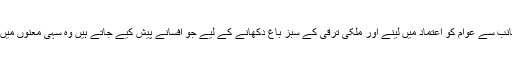
المیہ یہ ہے کہ حکومت کیجانب سے عوام کو اعتماد میں لینے اور ملکی ترقی کے سبز باغ دکھانے کے لیے جو افسانے پیش کیے جاتے ہیں وہ سہی معنوں میں افسانے ہی معلوم ہوتے ہیں۔